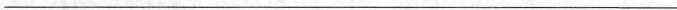
___